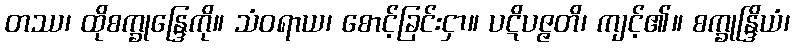
တဿ၊ ထိုစက္ခုန္ဒြေကို။ သံဝရာယ၊ စောင့်ခြင်းငှာ။ ပဋိပဇ္ဇတိ၊ ကျင့်၏။ စက္ခုန္ဒြိယံ၊